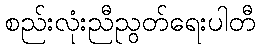
စည်းလုံးညီညွတ်ရေးပါတီ